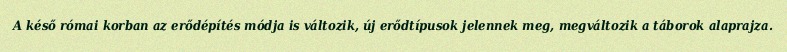
A késő római korban az erődépítés módja is változik, új erődtípusok jelennek meg, megváltozik a táborok alaprajza.